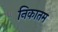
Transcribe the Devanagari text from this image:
निकातम